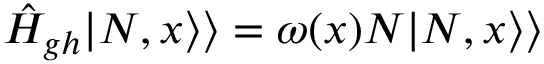
\hat { H } _ { g h } | N , x \rangle \rangle = \omega ( x ) N | N , x \rangle \rangle